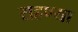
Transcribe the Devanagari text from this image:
राहण्या